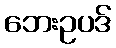
ဘေးဥပဒ်